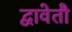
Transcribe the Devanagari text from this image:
द्वावेतौ